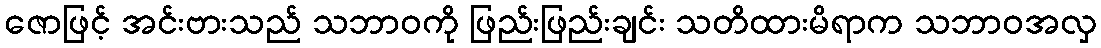
ဇောဖြင့် အင်းဗားသည် သဘာဝကို ဖြည်းဖြည်းချင်း သတိထားမိရာက သဘာဝအလှ